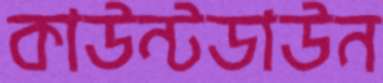
কাউন্টডাউন